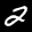
Label: 2